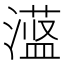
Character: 𪷞